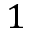
1